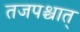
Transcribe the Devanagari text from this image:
तजपश्चात्